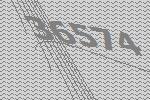
36574